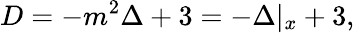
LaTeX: D=-m^{2}\Delta+3=-\Delta|_{x}+3,